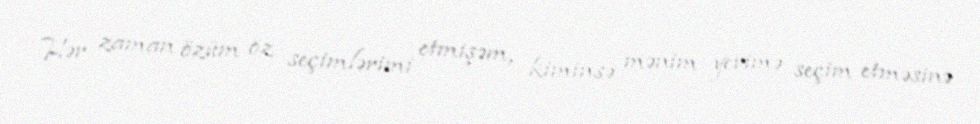
Hər zaman özüm öz seçimlərimi etmişəm, kiminsə mənim yerimə seçim etməsinə